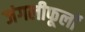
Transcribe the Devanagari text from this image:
जंगलीफूलों